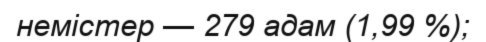
немістер — 279 адам (1,99 %);